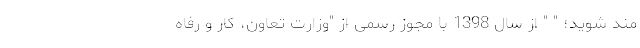
مند شوید؛ " " از سال 1398 با مجوز رسمی از "وزارت تعاون، کار و رفاه